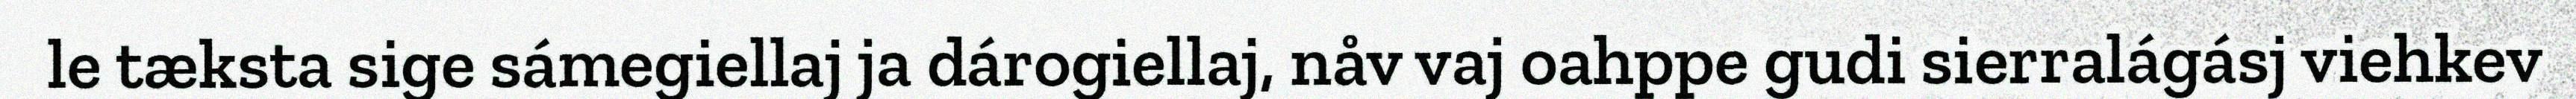
le tæksta sige sámegiellaj ja dárogiellaj, nåv vaj oahppe gudi sierralágásj viehkev